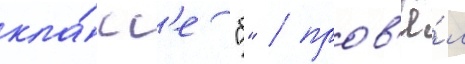
кла́сс'е "б" / пров'ё́л